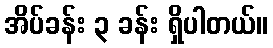
အိပ်ခန်း ၃ ခန်း ရှိပါတယ်။